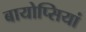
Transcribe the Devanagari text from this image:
बायोप्सियां